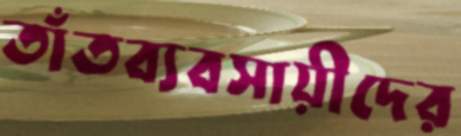
তাঁতব্যবসায়ীদের